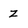
Character: z